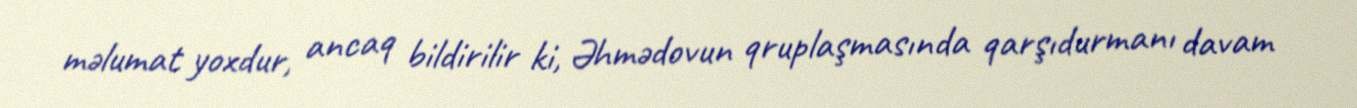
məlumat yoxdur, ancaq bildirilir ki, Əhmədovun qruplaşmasında qarşıdurmanı davam